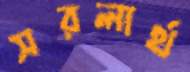
সরলার্থ